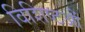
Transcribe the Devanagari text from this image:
विशिष्टओं